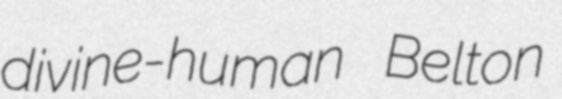
divine-human Belton